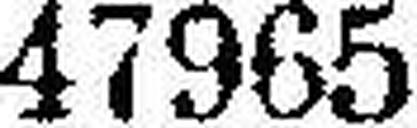
47965